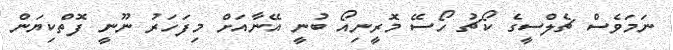
ނަމަވެސް ޗެލްސީގެ ކޯޗު ހޯސޭ މޮރީނިއޯ ބުނީ އޭނާއަށް މިފަހަރު ނޫނީ ފޮތްކިޔަން